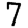
Digit: 7